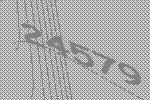
24579